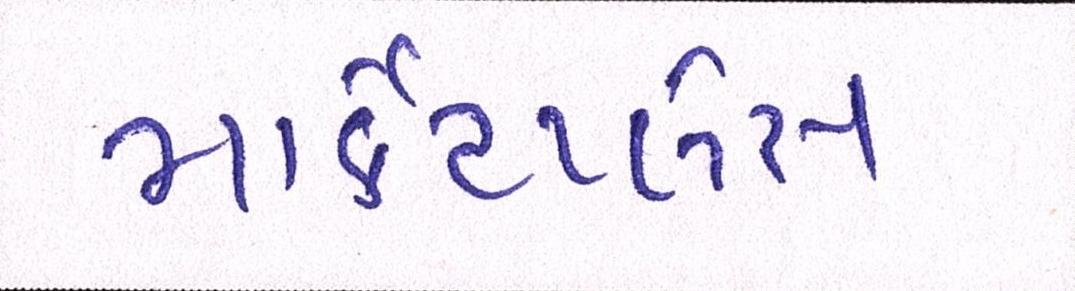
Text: માર્કેટપ્લેસ